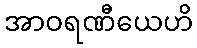
အာဝရဏီယေဟိ